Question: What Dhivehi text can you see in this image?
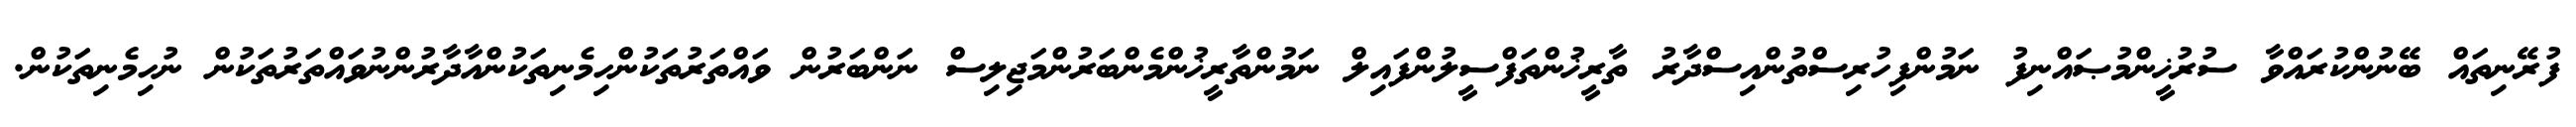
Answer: ފުރޭނިތައް ބޭނުންކުރައްވާ ސުރުޚީންމުޞައްނިފު ނަމުންފިހުރިސްތުންއިސްދާރު ތާރީޚުންތަފްސީލުންފައިލް ނަމުންތާރީޚުންމެންބަރުންމަޖިލިސް ނަންބަރުން ވައްތަރުތަކުންހިމެނިތަކުންއާދާރުންނުވައްތަރުތަކުން ނުހިމެނިތަކުން.